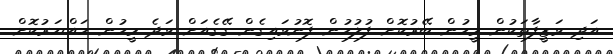
އަދި ވަޒީފާތަކުން މީހުން ބޭރުކޮށް ފުލުހުން ފޮނުވައިގެން ގޭގެއަށް ވަދެ މީހުން ހައްޔަރުކޮށް